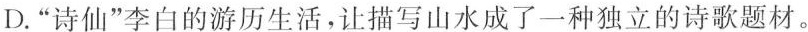
D.”诗仙”李白的游历生活，让描写山水成了一种独立的诗歌题材。